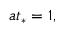
a t _ { * } = 1 ,